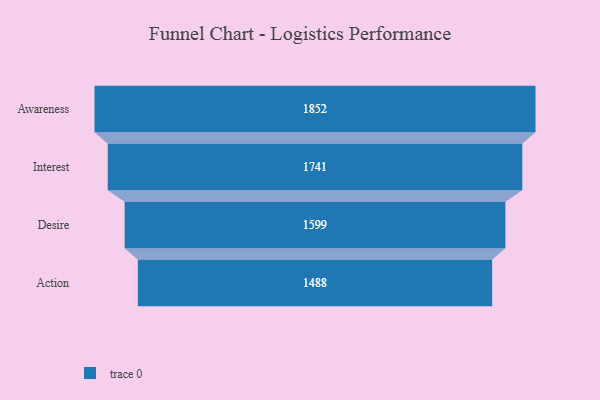
{"axis": {"x": "Stage", "y": "Value"}, "legend": [""], "data": [{"x": "Awareness", "y": 1852.0, "type": ""}, {"x": "Interest", "y": 1741.0, "type": ""}, {"x": "Desire", "y": 1599.0, "type": ""}, {"x": "Action", "y": 1488.0, "type": ""}]}